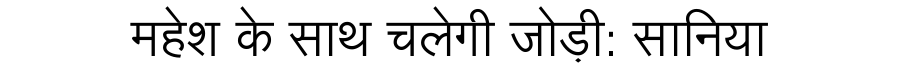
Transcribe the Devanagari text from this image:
महेश के साथ चलेगी जोड़ी: सानिया